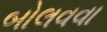
બોલવવા